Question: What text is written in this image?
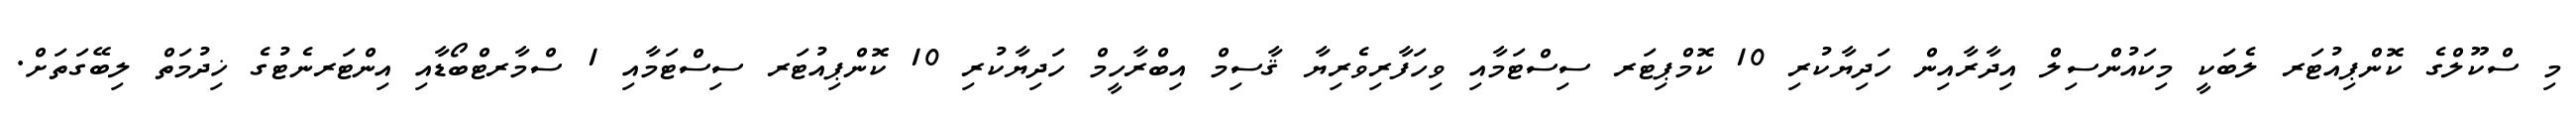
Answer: މި ސްކޫލްގެ ކޮންޕިއުޓަރ ލެބަކީ މިކައުންސިލް އިދާރާއިން ހަދިޔާކުރި 10 ކޮމްޕިޓަރ ސިސްޓަމާއި ވިހަފާރިވެރިޔާ ޤާސިމް އިބްރާހީމް ހަދިޔާކުރި 10 ކޮންޕިއުޓަރ ސިސްޓަމާއި 1 ސްމާރޓްބޯޑާއި އިންޓަރނެޓުގެ ޚިދުމަތް ލިބޭގަތަށް.